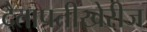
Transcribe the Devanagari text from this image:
दैतापतींखेरीज